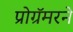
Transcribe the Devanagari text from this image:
प्रोग्रॅमरने